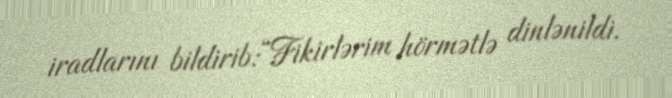
iradlarını bildirib:“Fikirlərim hörmətlə dinlənildi.